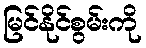
မြင်နိုင်စွမ်းကို